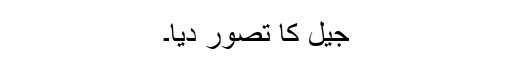
جیل کا تصور دیا۔